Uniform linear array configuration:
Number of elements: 48
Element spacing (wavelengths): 1
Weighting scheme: uniform
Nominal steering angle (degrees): -45
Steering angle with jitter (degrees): -46.331
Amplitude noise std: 0.05
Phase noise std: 0.05

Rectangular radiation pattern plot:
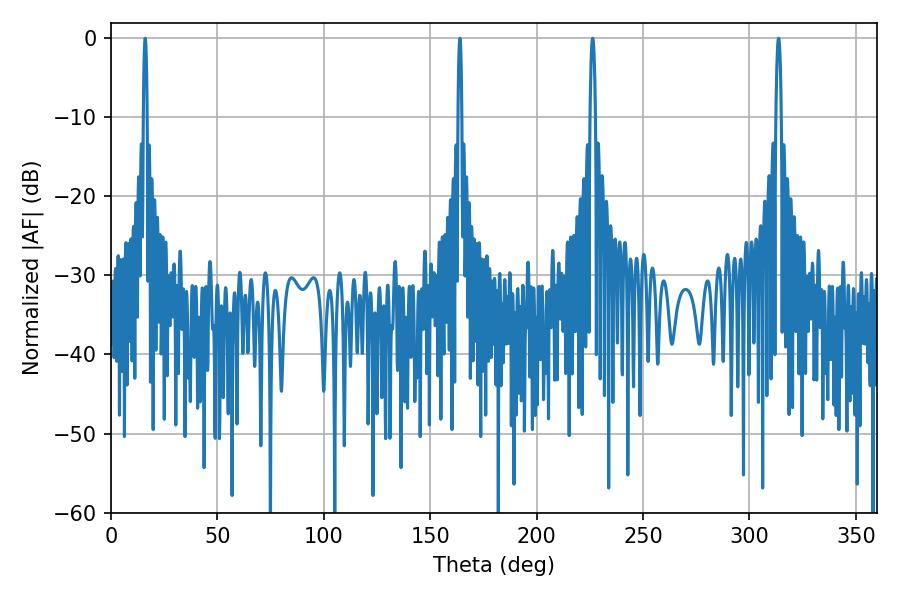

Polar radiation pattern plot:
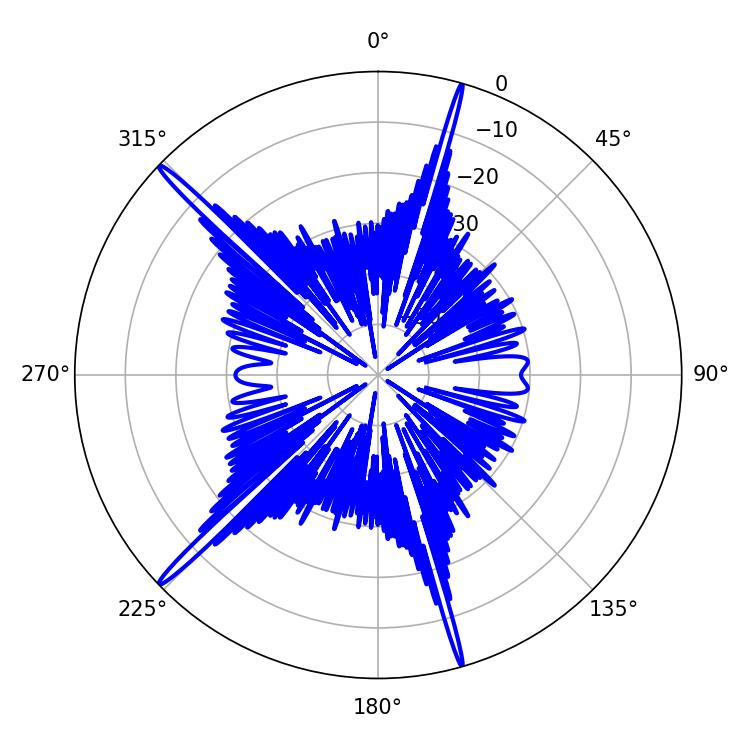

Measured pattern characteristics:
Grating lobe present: TRUE
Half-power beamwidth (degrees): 1.26
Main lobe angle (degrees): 226.26